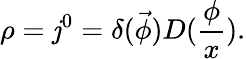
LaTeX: \rho=\mathit{j}^{0}=\delta(\vec{{\phi}})D(\frac{\phi}{x}).